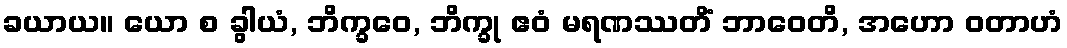
ခယာယ။ ယော စ ခွါယံ, ဘိက္ခဝေ, ဘိက္ခု ဧဝံ မရဏဿတိံ ဘာဝေတိ, အဟော ဝတာဟံ